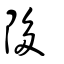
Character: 陊